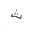
Letter: _tha